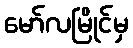
မော်လမြိုင်မှ